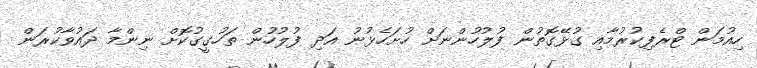
ހިއުމަން ޓްރެފިކުރުމާއި ގުޅޭގޮތުން ފުލުހުންނަށް ހުށަހެޅުނު އަދި ފުލުހުން ތަހުގީގުކޮށް ނިންމާ ދައުވާކުރަން